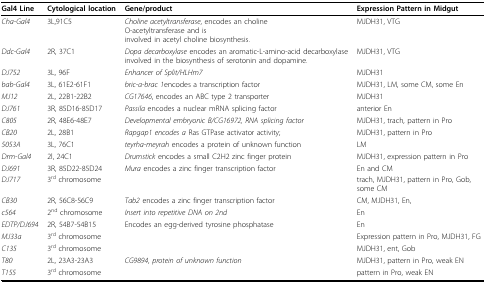
| Gal4 Line | Cytological location | Gene/product | Expression Pattern in Midgut |
 | --- | --- | --- | --- |
 | Cha-Gal4 | 3L,91C5 | Choline acetyltransferase, encodes an choline O-acetyltransferase and is involved in acetyl choline biosynthesis. | MJDH31, VTG |
 | Ddc-Gal4 | 2R, 37C1 | Dopa decarboxylase encodes an aromatic-L-amino-acid decarboxylase involved in the biosynthesis of serotonin and dopamine. | MJDH31, VTG |
 | DJ752 | 3L, 96F | Enhancer of Split/HLHm7 | MJDH31 |
 | bab-Gal4 | 3L, 61E2-61F1 | bric-a-brac 1encodes a transcription factor | MJDH31, LM, some CM, some En |
 | MJ12 | 2L, 22B1-22B2 | CG17646, encodes an ABC type 2 transporter | MJDH31 |
 | DJ761 | 3R, 85D16-85D17 | Passila encodes a nuclear mRNA splicing factor | anterior En |
 | C805 | 2R, 48E6-48E7 | Developmental embryonic B/CG16972, RNA splicing factor | MJDH31, trach, pattern in Pro |
 | CB20 | 2L, 28B1 | Rapgap1 encodes a Ras GTPase activator activity; | MJDH31, pattern in Pro |
 | 5053A | 3L, 76C1 | teyrha-meyrah encodes a protein of unknown function | LM |
 | Drm-Gal4 | 2l, 24C1 | Drumstick encodes a small C2H2 zinc finger protein | MJDH31, expression pattern in Pro |
 | DJ691 | 3R, 85D22-85D24 | Mura encodes a zinc finger transcription factor | En and CM |
 | DJ717 | 3rd chromosome |  | trach, MJDH31, pattern in Pro, Gob, some CM |
 | CB30 | 2R, 56C8-56C9 | Tab2 encodes a zinc finger transcription factor | CM, MJDH31, En, |
 | c564 | 2nd chromosome | Insert into repetitive DNA on 2nd | En |
 | EDTP/DJ694 | 2R, 54B7-54B15 | Encodes an egg-derived tyrosine phosphatase | En |
 | MJ33a | 3rd chromosome |  | Expression pattern in Pro, MJDH31, FG |
 | C135 | 3rd chromosome |  | MJDH31, ent, Gob |
 | T80 | 2L, 23A3-23A3 | CG9894, protein of unknown function | MJDH31, pattern in Pro, weak EN |
 | T155 | 3rd chromosome |  | pattern in Pro, weak EN |